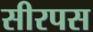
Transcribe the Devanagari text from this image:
सीरपस